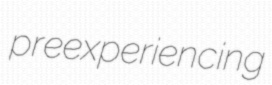
preexperiencing